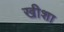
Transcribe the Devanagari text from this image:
खीशा